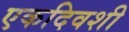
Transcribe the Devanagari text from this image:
एकदिवशी